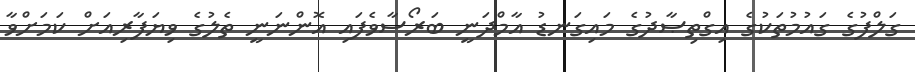
ގަލްފުގެ ގައުމުތަކުގެ އިގްތިޞާދުގެ މައިގަނޑު އާމްދަނީ ބަރޯސާވެފައި އޮންނަނީ ތެލުގެ ވިޔަފާރިއަށް ކަމަށްވާ